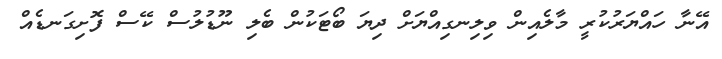
އޭނާ ހައްޔަރުކުރީ މާލެއިން ވިލިނގިއްޔަށް ދިޔަ ބޯޓަކުން ބެލި ނޫޑުލުސް ކޭސް ފޮށިގަނޑެއް